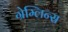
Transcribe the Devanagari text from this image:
ग्रेम्लिन्स